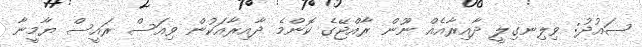
ސައުދު: ވިލިނގިލީ ދާއިރާއެއް ނޫން ރާއްޖޭގެ ކޮންމެ ދާއިރާއަކުން ވިއަސް ރައީސް ޔާމީނާ